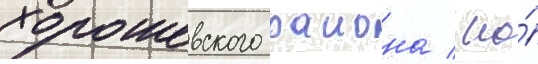
хорошевского раиона / но́